Malaria in India - Number 2
Disease focus: Malaria
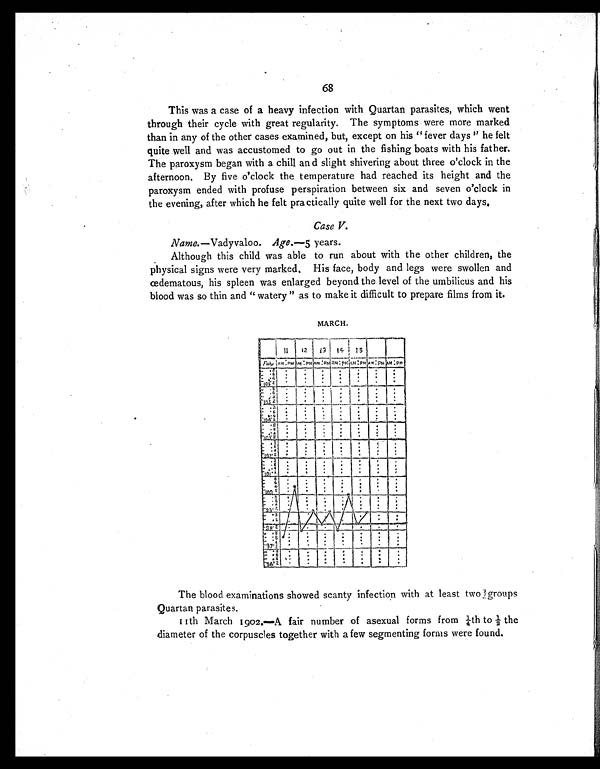
68
This was a case of a heavy infection with Quartan parasites, which went
through their cycle with great regularity. The symptoms were more marked
than in any of the other cases examined, but, except on his "fever days'' he felt
quite well and was accustomed to go out in the fishing boats with his father.
The paroxysm began with a chill and slight shivering about three o'clock in the
afternoon. By five o'clock the temperature had reached its height and the
paroxysm ended with profuse perspiration between six and seven o'clock in
the evening, after which he felt practically quite well for the next two days.
Case V.
Name.—Vadyvaloo. Age.—5 years.
Although this child was able to run about with the other children, the
physical signs were very marked. His face, body and legs were swollen and
œdematous, his spleen was enlarged beyond the level of the umbilicus and his
blood was so thin and "watery" as to make it difficult to prepare films from it.
MARCH.
The blood examinations showed scanty infection with at least two groups
Quartan parasites.
11th March 1902.—A fair number of asexual forms from ¼th to ½ the
diameter of the corpuscles together with a few segmenting forms were found.